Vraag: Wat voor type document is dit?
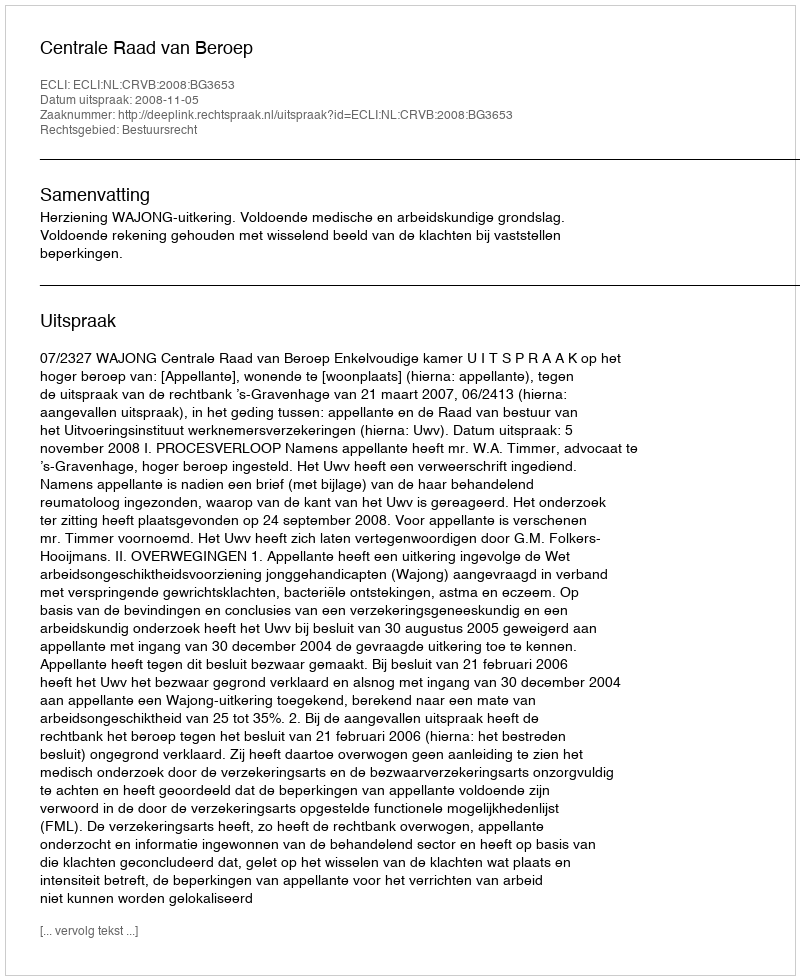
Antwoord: Uitspraak